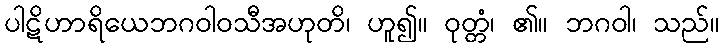
ပါဋိဟာရိယေဘဂဝါဝသီအဟုတိ၊ ဟူ၍။ ဝုတ္တံ၊ ၏။ ဘဂဝါ၊ သည်။